65_HS1-834228961_62-HQ-83894_Section_6
Agency: FBI
Page 61
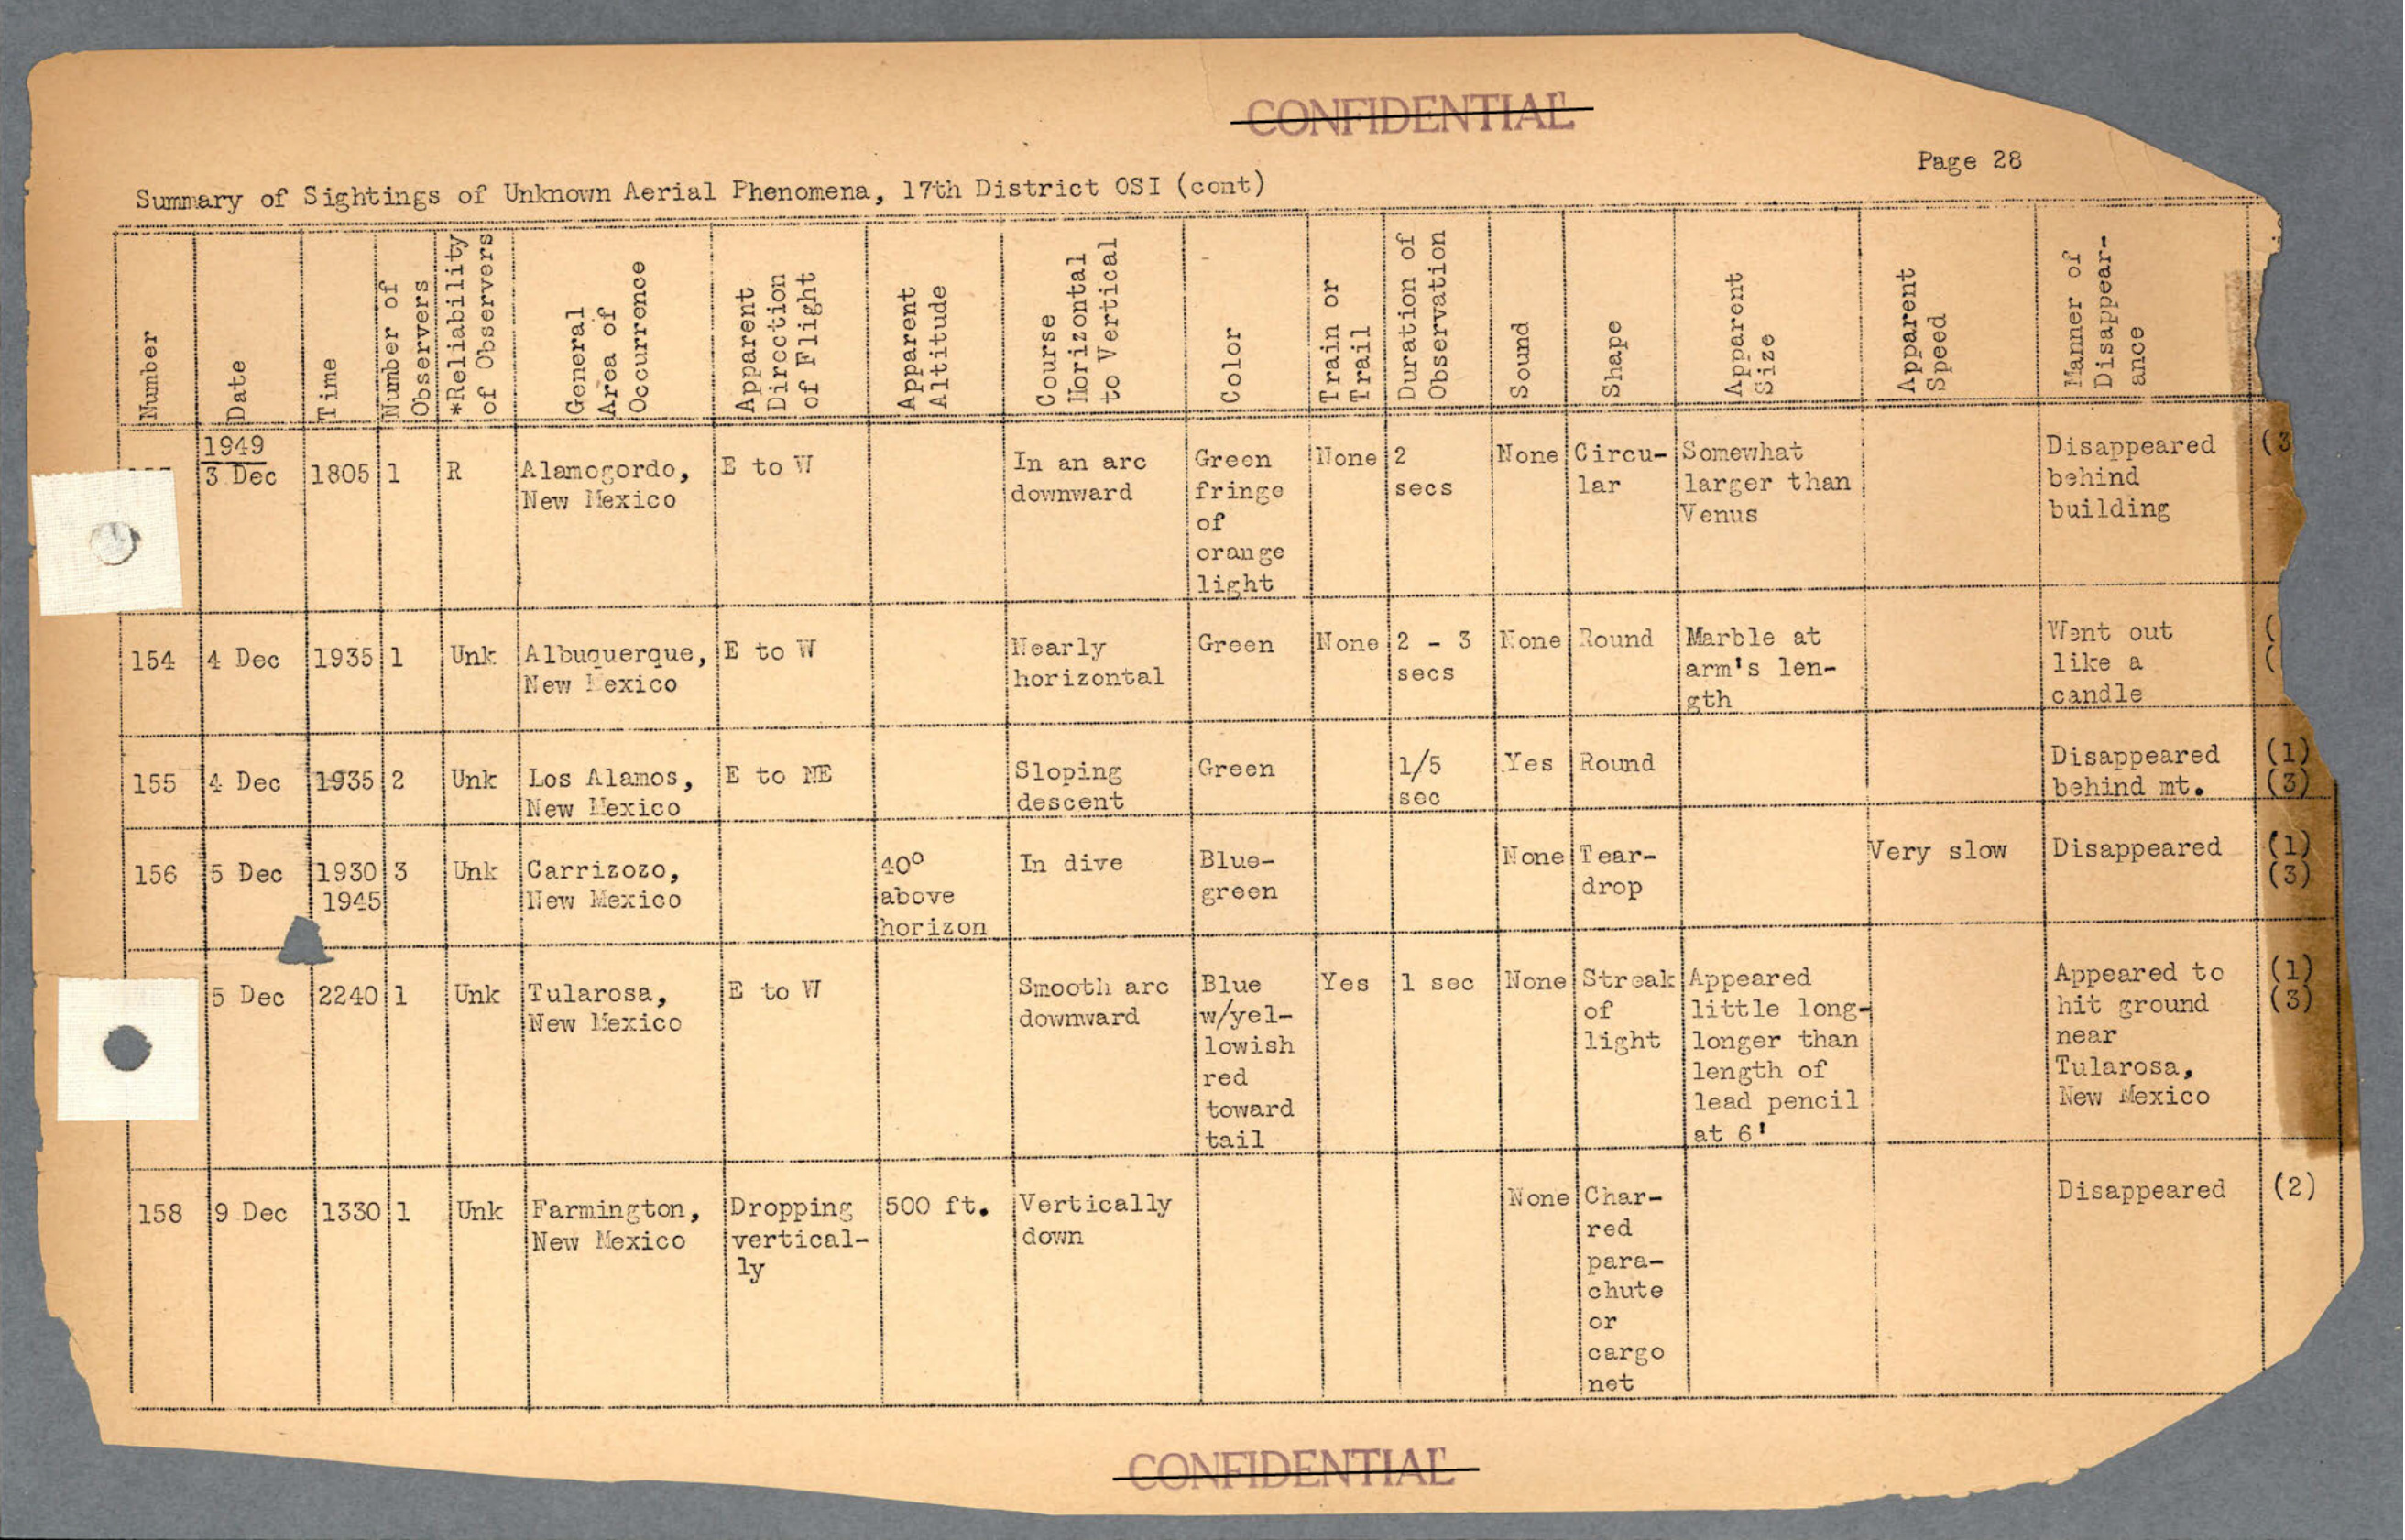